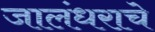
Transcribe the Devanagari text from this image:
जालंधराचे